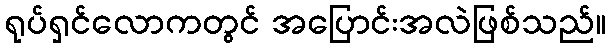
ရုပ်ရှင်လောကတွင် အပြောင်းအလဲဖြစ်သည်။